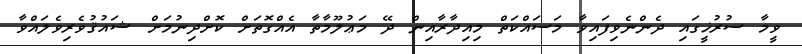
ވީމާ ސުރުޚީގައި ދެންނެވިފައިވާ މަސައްކަތް މިއިދާރާއިން ދޭ މަޢުލޫމާތާ އެއްގޮތަށް ކޮށްދިނުމަށް ޝައުޤުވެރިވެލައްވާ